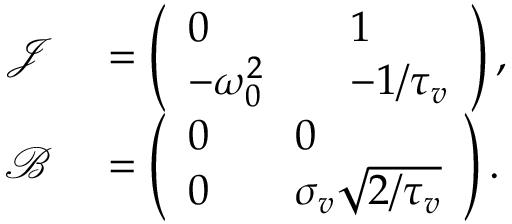
\begin{array} { r l } { \mathcal { J } } & { { } = \left( \begin{array} { l l l } { 0 } & { } & { 1 } \\ { - \omega _ { 0 } ^ { 2 } } & { } & { - 1 / { \tau _ { v } } } \end{array} \right) , } \\ { \mathcal { B } } & { { } = \left( \begin{array} { l l l } { 0 } & { } & { 0 } \\ { 0 } & { } & { \sigma _ { v } \sqrt { 2 / \tau _ { v } } } \end{array} \right) . } \end{array}